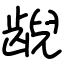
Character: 𫠜